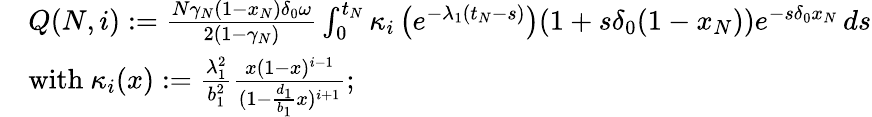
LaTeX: \begin{array}{rl}&{Q(N,i):=\frac{N\gamma_{N}(1-x_{N})\delta_{0}\omega}{2(1-\gamma_{N})}\int_{0}^{t_{N}}\kappa_{i}\left(e^{-\lambda_{1}(t_{N}-s)}\right)(1+s\delta_{0}(1-x_{N}))e^{-s\delta_{0}x_{N}}\, ds}\\ &{\mathrm{with~}\kappa_{i}(x):=\frac{\lambda_{1}^{2}}{b_{1}^{2}}\frac{x(1-x)^{i-1}}{(1-\frac{d_{1}}{b_{1}}x)^{i+1}};}\end{array}